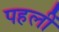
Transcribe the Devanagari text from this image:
पहलीं